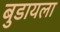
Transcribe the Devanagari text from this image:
बुडायला